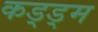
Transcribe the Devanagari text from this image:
कड्ड्म